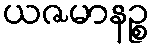
ယဇမာနဉ္စ